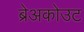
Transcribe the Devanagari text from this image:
ब्रेअकोउट